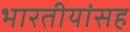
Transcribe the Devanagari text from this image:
भारतीयांसह